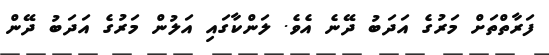
ފަރާތްތަށް މަރުގެ އަދަބު ދޭނެ އެވެ. ލަންކާގައި އަލުން މަރުގެ އަދަބު ދޭން